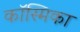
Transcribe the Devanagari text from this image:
कॉस्मिका